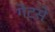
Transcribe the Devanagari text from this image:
गेटसे